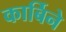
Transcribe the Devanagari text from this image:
कार्बिने